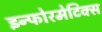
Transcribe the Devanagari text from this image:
इन्फोरमेटिक्स